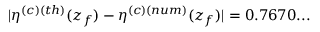
| \eta ^ { ( c ) ( t h ) } ( z _ { f } ) - \eta ^ { ( c ) ( n u m ) } ( z _ { f } ) | = 0 . 7 6 7 0 . . .